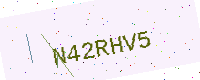
Text: N42RHV5